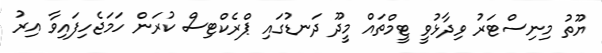
ޔޫތު މިނިސްޓަރު ވިދާޅުވީ ޓީމްތައް މީދޫ ދަނޑުގައި ޕްރެކްޓިސް ކުރަން ހަމަޖެހިފައިވާ އިރު